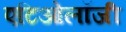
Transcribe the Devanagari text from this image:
एटिओलॉजी